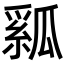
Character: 𤬇